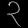
Digit: ၃